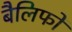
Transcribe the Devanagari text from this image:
बैलिफों